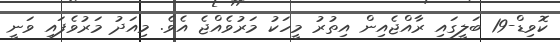
ކޮވިޑް-19 ބަލީގައި ރާއްޖެއިން އިތުރު މީހަކު މަރުވެއްޖެ އެވެ. މިއަދު މަރުވެފައި ވަނީ